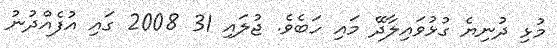
މުޅި ދުނިޔެ ގުޅުވައިލާދޭ މައި ހަބެވެ. ޖުލައި 31 2008 ގައި އުފެއްދުނު